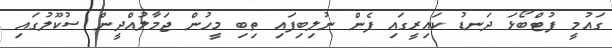
ގައުމީ ފުޓްބޯޅަ ދަނޑު ކައިރީގައި ފެން ނުލިބިފައި ތިބި މީހުން ޖަމާލުއްދީން ސުކޫލުގައި